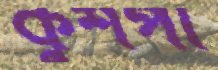
কুশপা